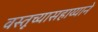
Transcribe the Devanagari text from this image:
वस्तूच्यासहाय्याने